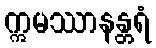
ဣမဿာနန္တရံ